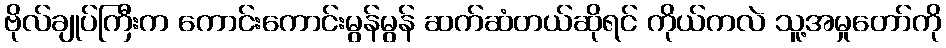
ဗိုလ်ချုပ်ကြီးက ကောင်းကောင်းမွန်မွန် ဆက်ဆံတယ်ဆိုရင် ကိုယ်ကလဲ သူ့အမှုတော်ကို